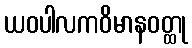
ယဝပါလကဝိမာနဝတ္ထု